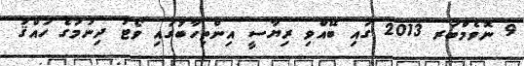
9 ނޮވެމްބަރ 2013 ގައި ބޭއްވި ރިޔާސީ އިންތިހާބުގައި ވޯޓު ދިނުމުގެ ހައްޤު